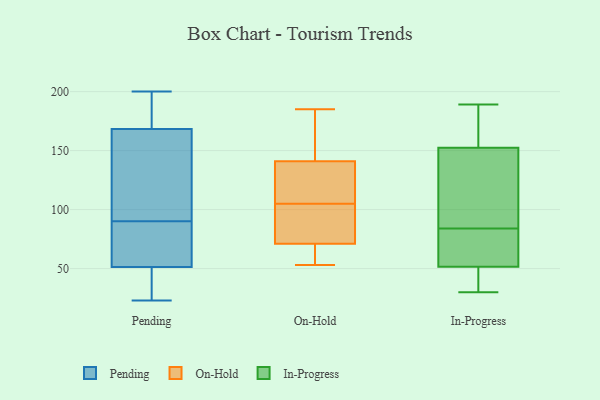
{"axis": {"x": "Demand Index", "y": "Value"}, "legend": ["In-Progress", "On-Hold", "Pending"], "data": [{"x": "", "y": 145, "type": "Pending"}, {"x": "", "y": 80, "type": "Pending"}, {"x": "", "y": 75, "type": "Pending"}, {"x": "", "y": 179, "type": "Pending"}, {"x": "", "y": 157, "type": "Pending"}, {"x": "", "y": 90, "type": "Pending"}, {"x": "", "y": 39, "type": "Pending"}, {"x": "", "y": 172, "type": "Pending"}, {"x": "", "y": 45, "type": "Pending"}, {"x": "", "y": 183, "type": "Pending"}, {"x": "", "y": 61, "type": "Pending"}, {"x": "", "y": 48, "type": "Pending"}, {"x": "", "y": 111, "type": "Pending"}, {"x": "", "y": 200, "type": "Pending"}, {"x": "", "y": 23, "type": "Pending"}, {"x": "", "y": 136, "type": "On-Hold"}, {"x": "", "y": 141, "type": "On-Hold"}, {"x": "", "y": 138, "type": "On-Hold"}, {"x": "", "y": 53, "type": "On-Hold"}, {"x": "", "y": 71, "type": "On-Hold"}, {"x": "", "y": 185, "type": "On-Hold"}, {"x": "", "y": 54, "type": "On-Hold"}, {"x": "", "y": 74, "type": "On-Hold"}, {"x": "", "y": 71, "type": "On-Hold"}, {"x": "", "y": 184, "type": "On-Hold"}, {"x": "", "y": 164, "type": "In-Progress"}, {"x": "", "y": 30, "type": "In-Progress"}, {"x": "", "y": 75, "type": "In-Progress"}, {"x": "", "y": 159, "type": "In-Progress"}, {"x": "", "y": 123, "type": "In-Progress"}, {"x": "", "y": 93, "type": "In-Progress"}, {"x": "", "y": 146, "type": "In-Progress"}, {"x": "", "y": 71, "type": "In-Progress"}, {"x": "", "y": 38, "type": "In-Progress"}, {"x": "", "y": 44, "type": "In-Progress"}, {"x": "", "y": 189, "type": "In-Progress"}, {"x": "", "y": 59, "type": "In-Progress"}]}